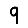
Digit: 9